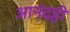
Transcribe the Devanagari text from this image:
आनंदही